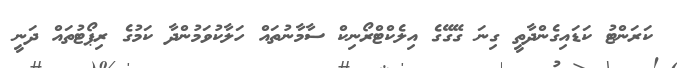
ކަރަންޓު ކަޑައިގެންދާތީ ގިނަ ގޭގޭގެ އިލެކްޓްރޯނިކް ސާމާނުތައް ހަލާކުވަމުންދާ ކަމުގެ ރިޕޯޓުތައް ދަނީ